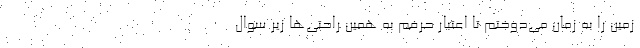
زمین را به زمان می‌دوختم تا اعتبار حرفم به همین راحتی‌ها زیر سوال